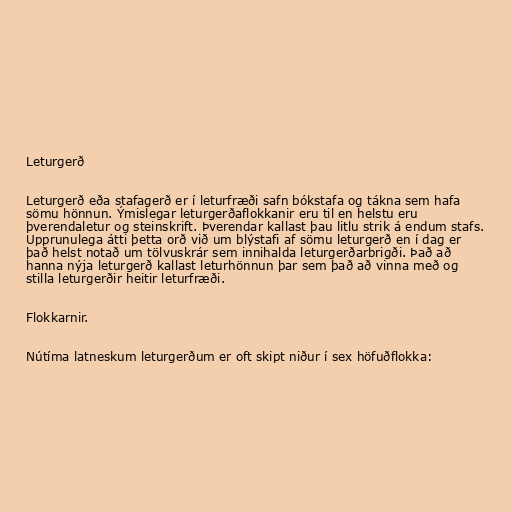
Leturgerð

Leturgerð eða stafagerð er í leturfræði safn bókstafa og tákna sem hafa
sömu hönnun. Ýmislegar leturgerðaflokkanir eru til en helstu eru
þverendaletur og steinskrift. Þverendar kallast þau litlu strik á endum stafs.
Upprunulega átti þetta orð við um blýstafi af sömu leturgerð en í dag er
það helst notað um tölvuskrár sem innihalda leturgerðarbrigði. Það að
hanna nýja leturgerð kallast leturhönnun þar sem það að vinna með og
stilla leturgerðir heitir leturfræði.

Flokkarnir.

Nútíma latneskum leturgerðum er oft skipt niður í sex höfuðflokka: